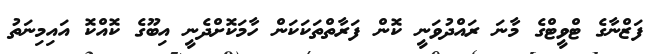
ފަޒްނާގެ ޓްވީޓްގެ މާނަ ރައްދުވަނީ ކޮން ފަރާތްތަކަކަން ހާމަކޮށްދެނީ އިބޫގެ ކޮއްކޮ އައިމިނަތު